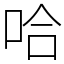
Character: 哈